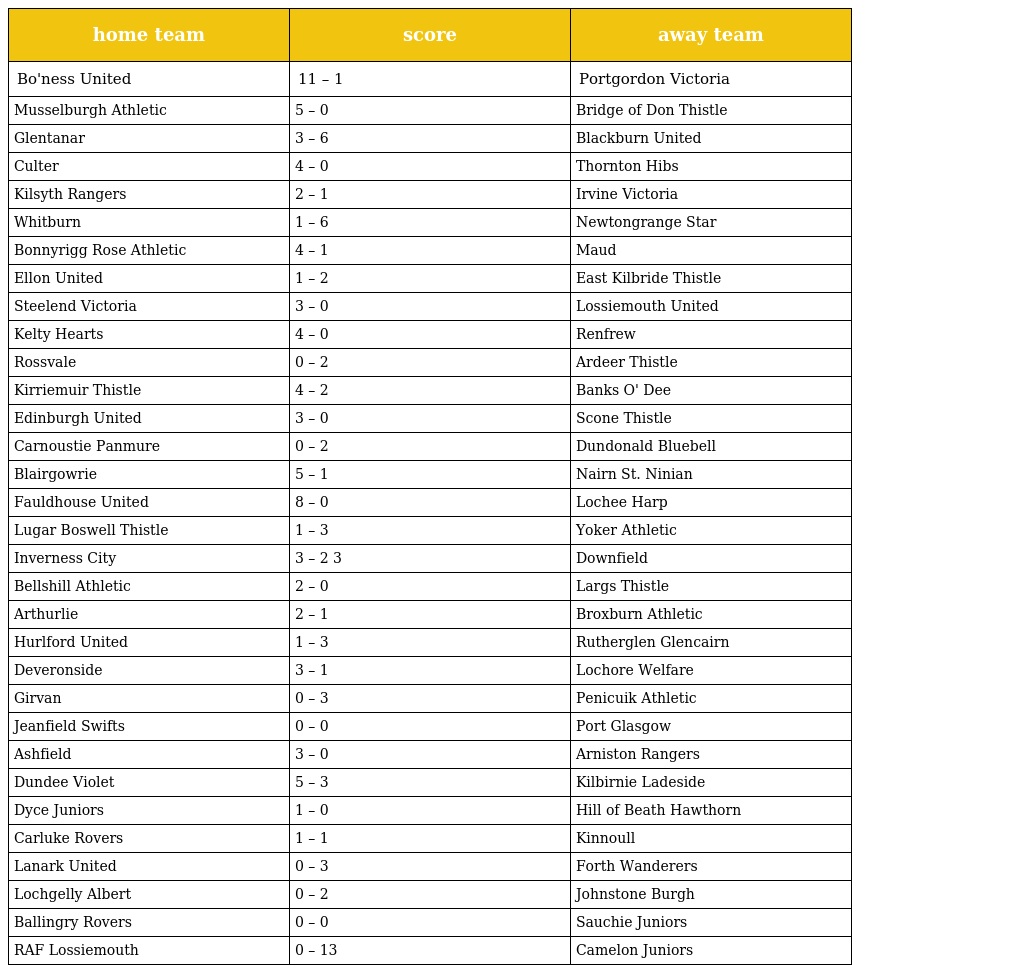
| home team | score | away team |
 | --- | --- | --- |
 | Bo'ness United | 11 – 1 | Portgordon Victoria |
 | Musselburgh Athletic | 5 – 0 | Bridge of Don Thistle |
 | Glentanar | 3 – 6 | Blackburn United |
 | Culter | 4 – 0 | Thornton Hibs |
 | Kilsyth Rangers | 2 – 1 | Irvine Victoria |
 | Whitburn | 1 – 6 | Newtongrange Star |
 | Bonnyrigg Rose Athletic | 4 – 1 | Maud |
 | Ellon United | 1 – 2 | East Kilbride Thistle |
 | Steelend Victoria | 3 – 0 | Lossiemouth United |
 | Kelty Hearts | 4 – 0 | Renfrew |
 | Rossvale | 0 – 2 | Ardeer Thistle |
 | Kirriemuir Thistle | 4 – 2 | Banks O' Dee |
 | Edinburgh United | 3 – 0 | Scone Thistle |
 | Carnoustie Panmure | 0 – 2 | Dundonald Bluebell |
 | Blairgowrie | 5 – 1 | Nairn St. Ninian |
 | Fauldhouse United | 8 – 0 | Lochee Harp |
 | Lugar Boswell Thistle | 1 – 3 | Yoker Athletic |
 | Inverness City | 3 – 2 3 | Downfield |
 | Bellshill Athletic | 2 – 0 | Largs Thistle |
 | Arthurlie | 2 – 1 | Broxburn Athletic |
 | Hurlford United | 1 – 3 | Rutherglen Glencairn |
 | Deveronside | 3 – 1 | Lochore Welfare |
 | Girvan | 0 – 3 | Penicuik Athletic |
 | Jeanfield Swifts | 0 – 0 | Port Glasgow |
 | Ashfield | 3 – 0 | Arniston Rangers |
 | Dundee Violet | 5 – 3 | Kilbirnie Ladeside |
 | Dyce Juniors | 1 – 0 | Hill of Beath Hawthorn |
 | Carluke Rovers | 1 – 1 | Kinnoull |
 | Lanark United | 0 – 3 | Forth Wanderers |
 | Lochgelly Albert | 0 – 2 | Johnstone Burgh |
 | Ballingry Rovers | 0 – 0 | Sauchie Juniors |
 | RAF Lossiemouth | 0 – 13 | Camelon Juniors |